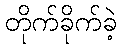
တိုက်ခိုက်ခဲ့